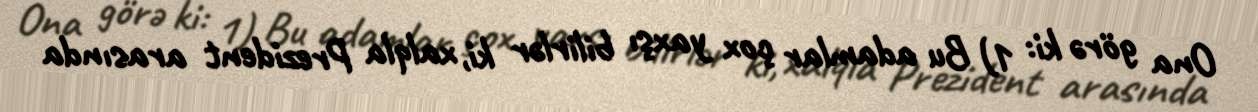
Ona görə ki: 1) Bu adamlar çox yaxşı bilirlər ki, xalqla Prezident arasında